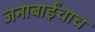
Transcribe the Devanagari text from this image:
जनाबाईंचाच